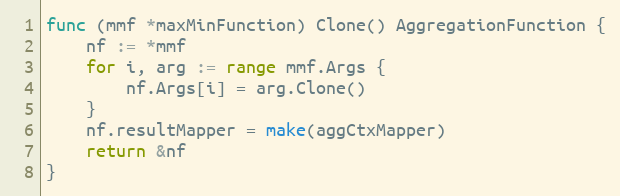
Language: Go
func (mmf *maxMinFunction) Clone() AggregationFunction {
	nf := *mmf
	for i, arg := range mmf.Args {
		nf.Args[i] = arg.Clone()
	}
	nf.resultMapper = make(aggCtxMapper)
	return &nf
}